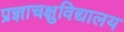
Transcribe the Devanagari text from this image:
प्रज्ञाचक्षुविद्यालय